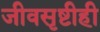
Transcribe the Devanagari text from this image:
जीवसृष्टीही